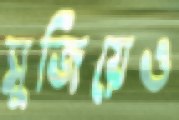
সুজিয়েও